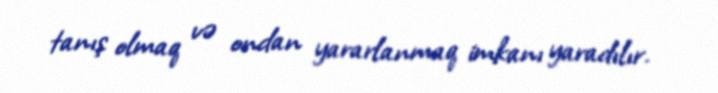
tanış olmaq və ondan yararlanmaq imkanı yaradılır.